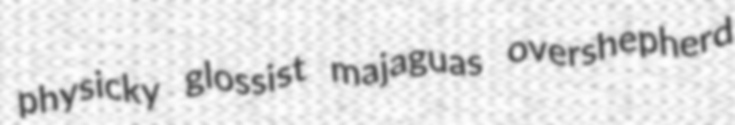
physicky glossist majaguas overshepherd